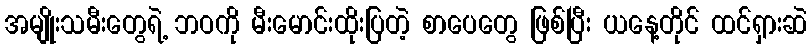
အမျိုးသမီးတွေရဲ့ ဘဝကို မီးမောင်းထိုးပြတဲ့ စာပေတွေ ဖြစ်ပြီး ယနေ့တိုင် ထင်ရှားဆဲ